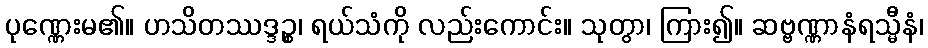
ပုဏ္ဏေးမ၏။ ဟသိတဿဒ္ဒဉ္စ၊ ရယ်သံကို လည်းကောင်း။ သုတွာ၊ ကြား၍။ ဆဗ္ဗဏ္ဏာနံရသ္မီနံ၊